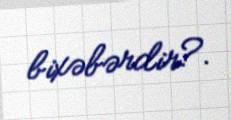
bixəbərdir?.